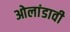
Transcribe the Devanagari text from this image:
ओलांडावी